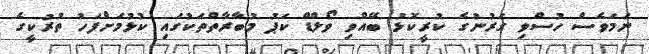
ނަމަވެސް ހުސްވި ގަރުނުގެ ކުރީކޮޅު ބޭއްވި ވޯލްޑް ކަޕު މުބާރާތްތަކުގައި ކުޅުމަށްފަހު ތުރުކީގެ